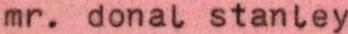
mr. donal stanley